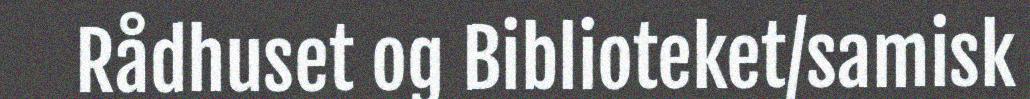
Rådhuset og Biblioteket/samisk